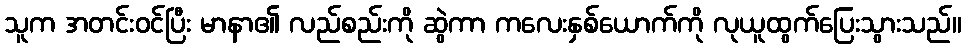
သူက အတင်းဝင်ပြီး မာနာ၏ လည်စည်းကို ဆွဲကာ ကလေးနှစ်ယောက်ကို လုယူထွက်ပြေးသွားသည်။